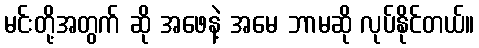
မင်းတို့အတွက် ဆို အဖေနဲ့ အမေ ဘာမဆို လုပ်နိုင်တယ်။